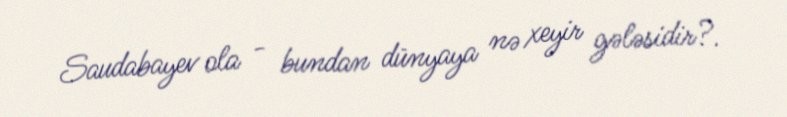
Saudabayev ola - bundan dünyaya nə xeyir gələsidir?.